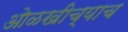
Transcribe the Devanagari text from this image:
ओळखीच्याच